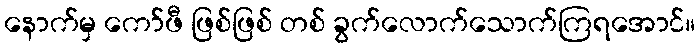
နောက်မှ ကော်ဖီ ဖြစ်ဖြစ် တစ် ခွက်လောက်သောက်ကြရအောင်။